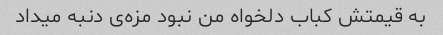
به قیمتش کباب دلخواه من نبود مزه‌ی دنبه میداد